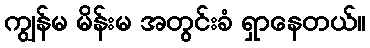
ကျွန်မ မိန်းမ အတွင်းခံ ရှာနေတယ်။